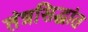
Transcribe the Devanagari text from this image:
तंत्रसिद्धांत